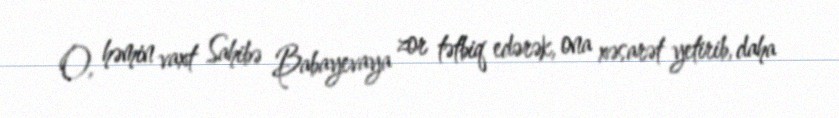
O, həmin vaxt Sahibə Babayevaya zor tətbiq edərək, ona xəsarət yetirib, daha